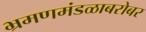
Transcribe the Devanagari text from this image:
भ्रमणमंडळाबरोबर